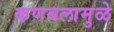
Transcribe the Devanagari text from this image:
कणबलामुळे